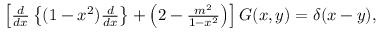
\begin{array} { r } { \left[ \frac { d } { d x } \left\lbrace ( 1 - x ^ { 2 } ) \frac { d } { d x } \right\rbrace + \left( 2 - \frac { m ^ { 2 } } { 1 - x ^ { 2 } } \right) \right] G ( x , y ) = \delta ( x - y ) , } \end{array}